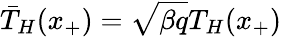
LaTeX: \bar{T}_{H}(x_{+})=\sqrt{\beta q}T_{H}(x_{+})